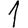
Digit: 1